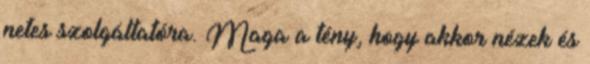
netes szolgáltatóra. Maga a tény, hogy akkor nézek és